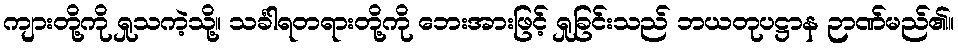
ကျားတို့ကို ရှုသကဲ့သို့။ သင်္ခါရတရားတို့ကို ဘေးအားဖြင့် ရှုခြင်းသည် ဘယတုပဋ္ဌာန ဉာဏ်မည်၏။